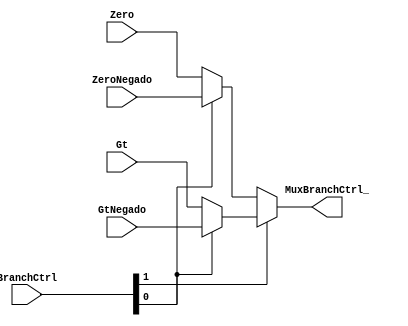
module MuxBranchCtrl (
  input wire [1:0]  BranchCtrl,
  input wire Zero,
  input wire ZeroNegado,
  input wire Gt,
  input wire GtNegado,

  output reg MuxBranchCtrl_
);

  always @(*) begin
    MuxBranchCtrl_ = ((BranchCtrl[1])
      ? ((BranchCtrl[0]) ? GtNegado : Gt)
      : ((BranchCtrl[0]) ? ZeroNegado : Zero)
    );
  end
endmodule

// 00 => Zero
// 01 => ZeroNegado
// 10 => Gt
// 11 => GtNegado